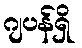
ဂျပန်ရှိ